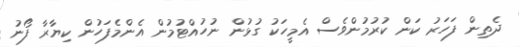
ދެތިން ފަހަރު ކަން ކުރުމުންވެސް އެމީހަކު ގުޅުން ނުހުއްޓުމުން އެންމެފަހުން ކިޔާރާ ފޯނު